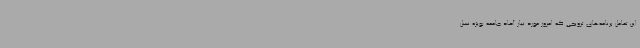
این تعامل برنامه‌های ترویجی که امروز مورد نیاز آحاد جامعه بویژه نسل